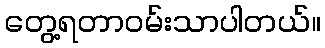
တွေ့ရတာဝမ်းသာပါတယ်။